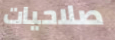
صلاحيات